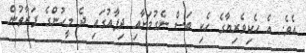
އެވެ. އެ ހެކިވެރިޔާގެ ހެކި ބަސް ނެގުމަށާއި ދިފާއުގައި ދެ މީހުންގެ ފަރާތުން